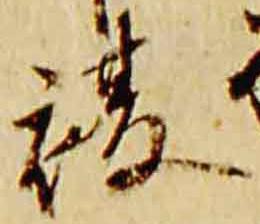
複